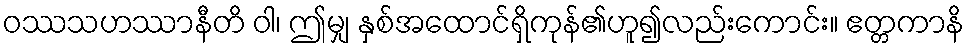
ဝဿသဟဿာနီတိ ဝါ၊ ဤမျှ နှစ်အထောင်ရှိကုန်၏ဟူ၍လည်းကောင်း။ ဧတ္တကာနိ